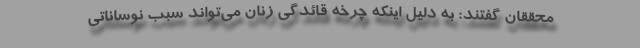
محققان گفتند: به دلیل اینکه چرخه قائدگی زنان می‌تواند سبب نوساناتی